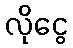
လိုငွေ